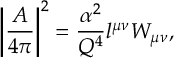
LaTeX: \left| { \frac { \cal A } { 4 \pi } } \right| ^ { 2 } = { \frac { \alpha ^ { 2 } } { Q ^ { 4 } } } l ^ { \mu \nu } W _ { \mu \nu } ,